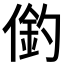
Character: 𠍖